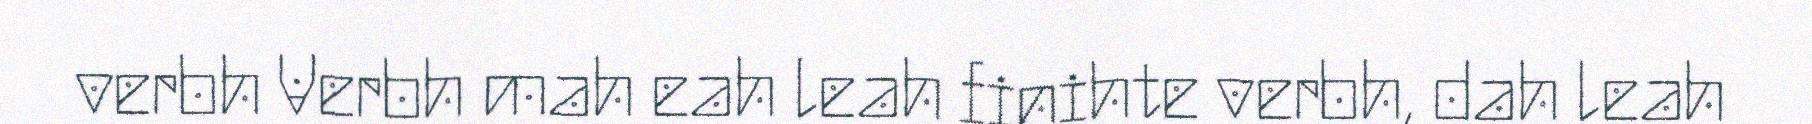
verbh Verbh mah eah leah finihte verbh, dah leah